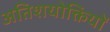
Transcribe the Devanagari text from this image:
अतिशयोक्तियों